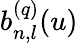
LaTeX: b_{n,l}^{(q)}(u)